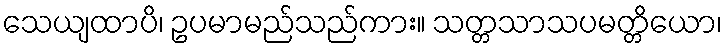
သေယျထာပိ၊ ဥပမာမည်သည်ကား။ သတ္တသာသပမတ္တိယော၊